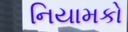
નિયામકો